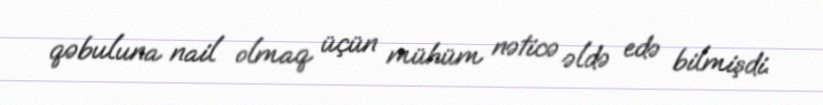
qəbuluna nail olmaq üçün mühüm nəticə əldə edə bilmişdi.